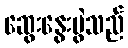
ဆွေးနွေးပွဲသည်